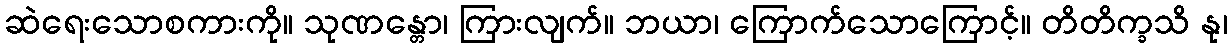
ဆဲရေးသောစကားကို။ သုဏန္တော၊ ကြားလျက်။ ဘယာ၊ ကြောက်သောကြောင့်။ တိတိက္ခသိ နု၊